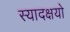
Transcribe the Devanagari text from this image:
स्यादक्षयो